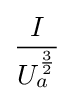
{\frac {I}{U_{a}^{\frac {3}{2}}}}